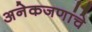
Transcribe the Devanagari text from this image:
अनेकजणांचे